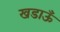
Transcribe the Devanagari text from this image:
खडाऊँ